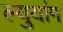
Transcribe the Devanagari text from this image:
ल्युयांग